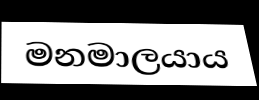
මනමාලයාය